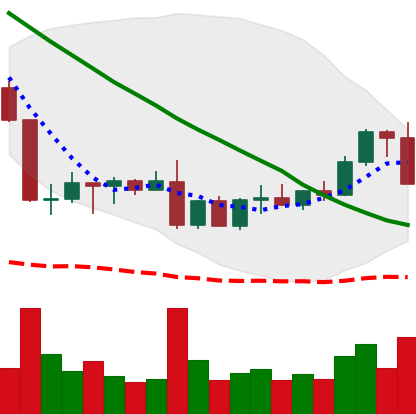
Ticker: ADA-USD
Chart end date: 2022-09-06
Forward return: 10.082%
Label: up_7plus